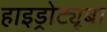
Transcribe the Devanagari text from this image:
हाइड्रोट्यूबा